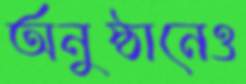
অনুষ্ঠানেও